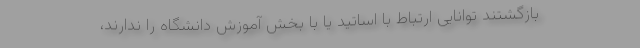
بازگشتند توانایی ارتباط با اساتید یا با بخش آموزش دانشگاه را ندارند،